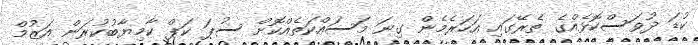
ކުޑަ ދުވަސްކޮޅެއްގެ ތެރޭގައި އަހަރެމެން ގިނަ މަސައްކަތެއްކޮށް ސުޕަ ކަޕް ކާމިޔާބުކުރަން އަޒުމް